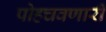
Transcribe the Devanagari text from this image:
पोहचवणारी